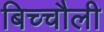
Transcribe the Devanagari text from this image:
बिच्चौली